Medical and sanitary report on the native army of Bombay for the year
Year: 1878
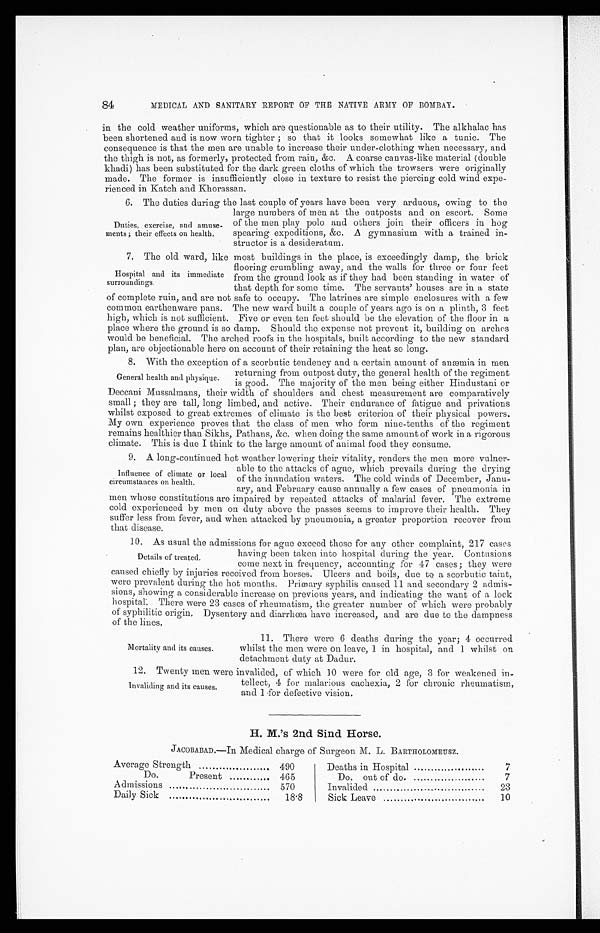
84
MEDICAL AND SANITARY REPORT OF THE NATIVE ARMY OF BOMBAY.
in the cold weather uniforms, which are questionable as to their utility. The alkhalac has
been shortened and is now worn tighter ; so that it looks somewhat like a tunic. The
consequence is that the men are unable to increase their under-clothing when necessary, and
the thigh is not, as formerly, protected from rain, &c. A coarse canvas-like material (double
khadi) has been substituted for the dark green cloths of which the trowsers were originally
made. The former is insufficiently close in texture to resist the piercing cold wind expe-
rienced in Katch and Khorassan.
6. The duties during the last couple of years have been very arduous, owing to the
Duties, exercise, and amuse-
ments ; their effects on health.
large numbers of men at the outposts and on escort. Some
of the men play polo and others join their officers in hog
spearing expeditions, &c. A gymnasium with a trained in-
structor is a desideratum.
7. The old ward. like most buildings in the place, is exceedingly d
amp, the brick
Hospital and its immediate
surroundings.
flooring crumbling away, and the walls for three or four feet
from the ground look as if they had been standing in water of
that depth for some time. The servants’ houses are in a state
of complete ruin, and are not safe to occupy. The latrines are simple enclosures with a few
common earthenware pans. The new ward built a couple of years ago is on a plinth, 3 feet
high, which is not sufficient. Five or even ten feet should be the elevation of the floor in a
place where the ground is so damp. Should the expense not prevent it, building on arches
would be beneficial. The arched roofs in the hospitals, built according to the new standard
plan, are objectionable here on account of their retaining the heat so long.
8. With the exception of a scorbutic tendency and a certain amount of anæmia in men
General health and physique.
returning from outpost duty, the general health of the regiment
is good. The majority of the men being either Hindustani or
Deccani Mussalmans, their width of shoulders and chest measurement are comparatively
small ; they are tall, long limbed, and active. Their endurance of fatigue and privations
whilst exposed to great extremes of climate is the best criterion of their physical powers.
My own experience proves that the class of men who form nine-tenths of the regiment
remains healthier than Sikhs, Pathans, &c. when doing the same amount of work in a rigorous
climate. This is due I think to the large amount of animal food they consume.
9. A long-continued hot weather lowering their vitality, renders the men more vulner-
- able to the attacks of ague, which prevails during the drying,
of the inundation waters. The cold winds of December, Janu-
ary, and February cause annually a few cases of pneumonia in
men whose constitutions are impaired by repeated attacks of malarial fever. The extreme
cold experienced by men on duty above the passes seems to improve their health. They
suffer less from fever, and when attacked by pneumonia, a greater proportion recover from
that disease.
10. As usual the admissions for ague exceed those for any other complaint, 217 cases
having been taken into hospital during the year. Contusions
come next in frequency, accounting for 47 cases ; they were
caused chiefly by injuries received from horses. Ulcers and boils, due to a scorbutic taint,
were prevalent during the hot months. Primary syphilis caused 11 and secondary 2 admis-
-
sions, showing a considerable increase on previous years, and indicating the want of a lock
hospital. There were 23 cases of rheumatism, the greater number of which were probably
of syphilitic origin. Dysentery and diarrhœa have increased, and are due to the dampness
of the lines.
Influence of climate or local
circumstances on health.
Details of treated.
Mortality and its causes.
11. There were 6 deaths during the year ; 4 occurred
whilst the men were on leave, 1 in hospital, and 1 whilst on
detachment duty at Dadur.
12. Twenty men were invalided, of which 10 were for old age, 3 for weakened in-
Invaliding and its causes.
tellect, 4 for malarious cachexia, 2 for chronic rheumatism,
and 1 for defective vision.
H. M.’s 2nd Sind Horse.
JACOBABAD.-In Medical charge of Surgeon M. L. BARTHOLOMEUSZ.
Average Strength
490
Do.
Present
465
Admissions
570
Daily Sick
18.8
Deaths in Hospital
7
Do. out of do.
7
Invalided
23
Sick Leave
10